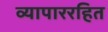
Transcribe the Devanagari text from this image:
व्यापाररहित